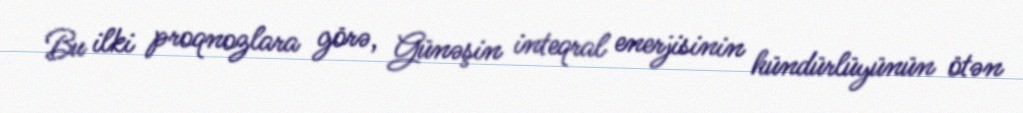
Bu ilki proqnozlara görə, Günəşin inteqral enerjisinin hündürlüyünün ötən